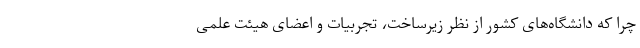
چرا که دانشگاه‌های کشور از نظر زیرساخت، تجربیات و اعضای هیئت علمی